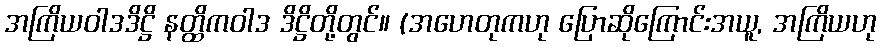
အကြိယဝါဒဒိဋ္ဌိ နတ္ထိကဝါဒ ဒိဋ္ဌိတို့တွင်။ (အဟေတုကဟု ပြောဆိုကြောင်းအယူ, အကြိယဟု